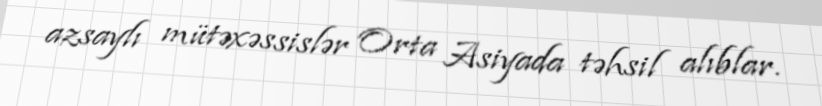
azsaylı mütəxəssislər Orta Asiyada təhsil alıblar.